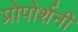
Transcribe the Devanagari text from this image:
प्रोपोर्शनी